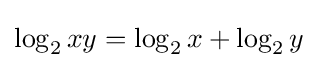
\log _{2}xy=\log _{2}x+\log _{2}y